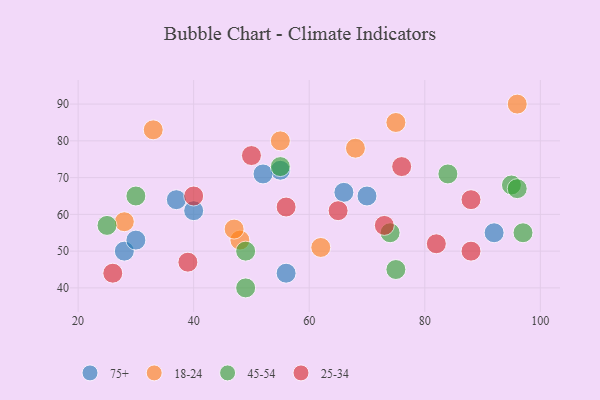
{"axis": {"x": "GDP", "y": "Life Expectancy"}, "legend": ["18-24", "25-34", "45-54", "75+"], "data": [{"x": "55", "y": 72, "type": "75+"}, {"x": "70", "y": 65, "type": "75+"}, {"x": "28", "y": 50, "type": "75+"}, {"x": "56", "y": 44, "type": "75+"}, {"x": "40", "y": 61, "type": "75+"}, {"x": "37", "y": 64, "type": "75+"}, {"x": "52", "y": 71, "type": "75+"}, {"x": "92", "y": 55, "type": "75+"}, {"x": "66", "y": 66, "type": "75+"}, {"x": "30", "y": 53, "type": "75+"}, {"x": "33", "y": 83, "type": "18-24"}, {"x": "68", "y": 78, "type": "18-24"}, {"x": "48", "y": 53, "type": "18-24"}, {"x": "47", "y": 56, "type": "18-24"}, {"x": "75", "y": 85, "type": "18-24"}, {"x": "62", "y": 51, "type": "18-24"}, {"x": "55", "y": 80, "type": "18-24"}, {"x": "28", "y": 58, "type": "18-24"}, {"x": "96", "y": 90, "type": "18-24"}, {"x": "97", "y": 55, "type": "45-54"}, {"x": "49", "y": 40, "type": "45-54"}, {"x": "95", "y": 68, "type": "45-54"}, {"x": "30", "y": 65, "type": "45-54"}, {"x": "55", "y": 73, "type": "45-54"}, {"x": "75", "y": 45, "type": "45-54"}, {"x": "96", "y": 67, "type": "45-54"}, {"x": "74", "y": 55, "type": "45-54"}, {"x": "84", "y": 71, "type": "45-54"}, {"x": "25", "y": 57, "type": "45-54"}, {"x": "49", "y": 50, "type": "45-54"}, {"x": "26", "y": 44, "type": "25-34"}, {"x": "40", "y": 65, "type": "25-34"}, {"x": "39", "y": 47, "type": "25-34"}, {"x": "73", "y": 57, "type": "25-34"}, {"x": "56", "y": 62, "type": "25-34"}, {"x": "50", "y": 76, "type": "25-34"}, {"x": "76", "y": 73, "type": "25-34"}, {"x": "82", "y": 52, "type": "25-34"}, {"x": "65", "y": 61, "type": "25-34"}, {"x": "88", "y": 64, "type": "25-34"}, {"x": "88", "y": 50, "type": "25-34"}]}